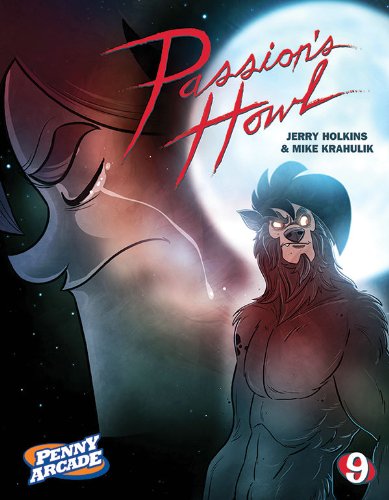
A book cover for Penny Arcade Volume 9: Passion's Howl; Jerry Holkins; Humor & Entertainment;